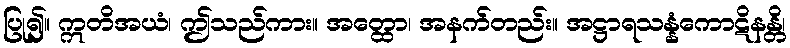
ပြု၍။ ဣတိအယံ၊ ဤသည်ကား။ အတ္ထော၊ အနက်တည်း။ အဋ္ဌာရသန္နံကောဋိနန္တိ၊